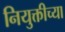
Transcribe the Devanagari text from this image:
नियुक्तीच्या